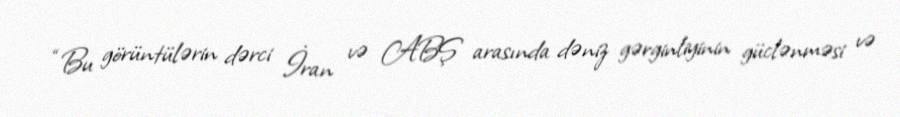
“Bu görüntülərin dərci İran və ABŞ arasında dəniz gərginliyinin güclənməsi və